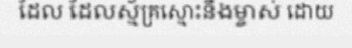
ដែល ដែលស្ម័គ្រស្មោះនឹងម្ចាស់ ដោយ